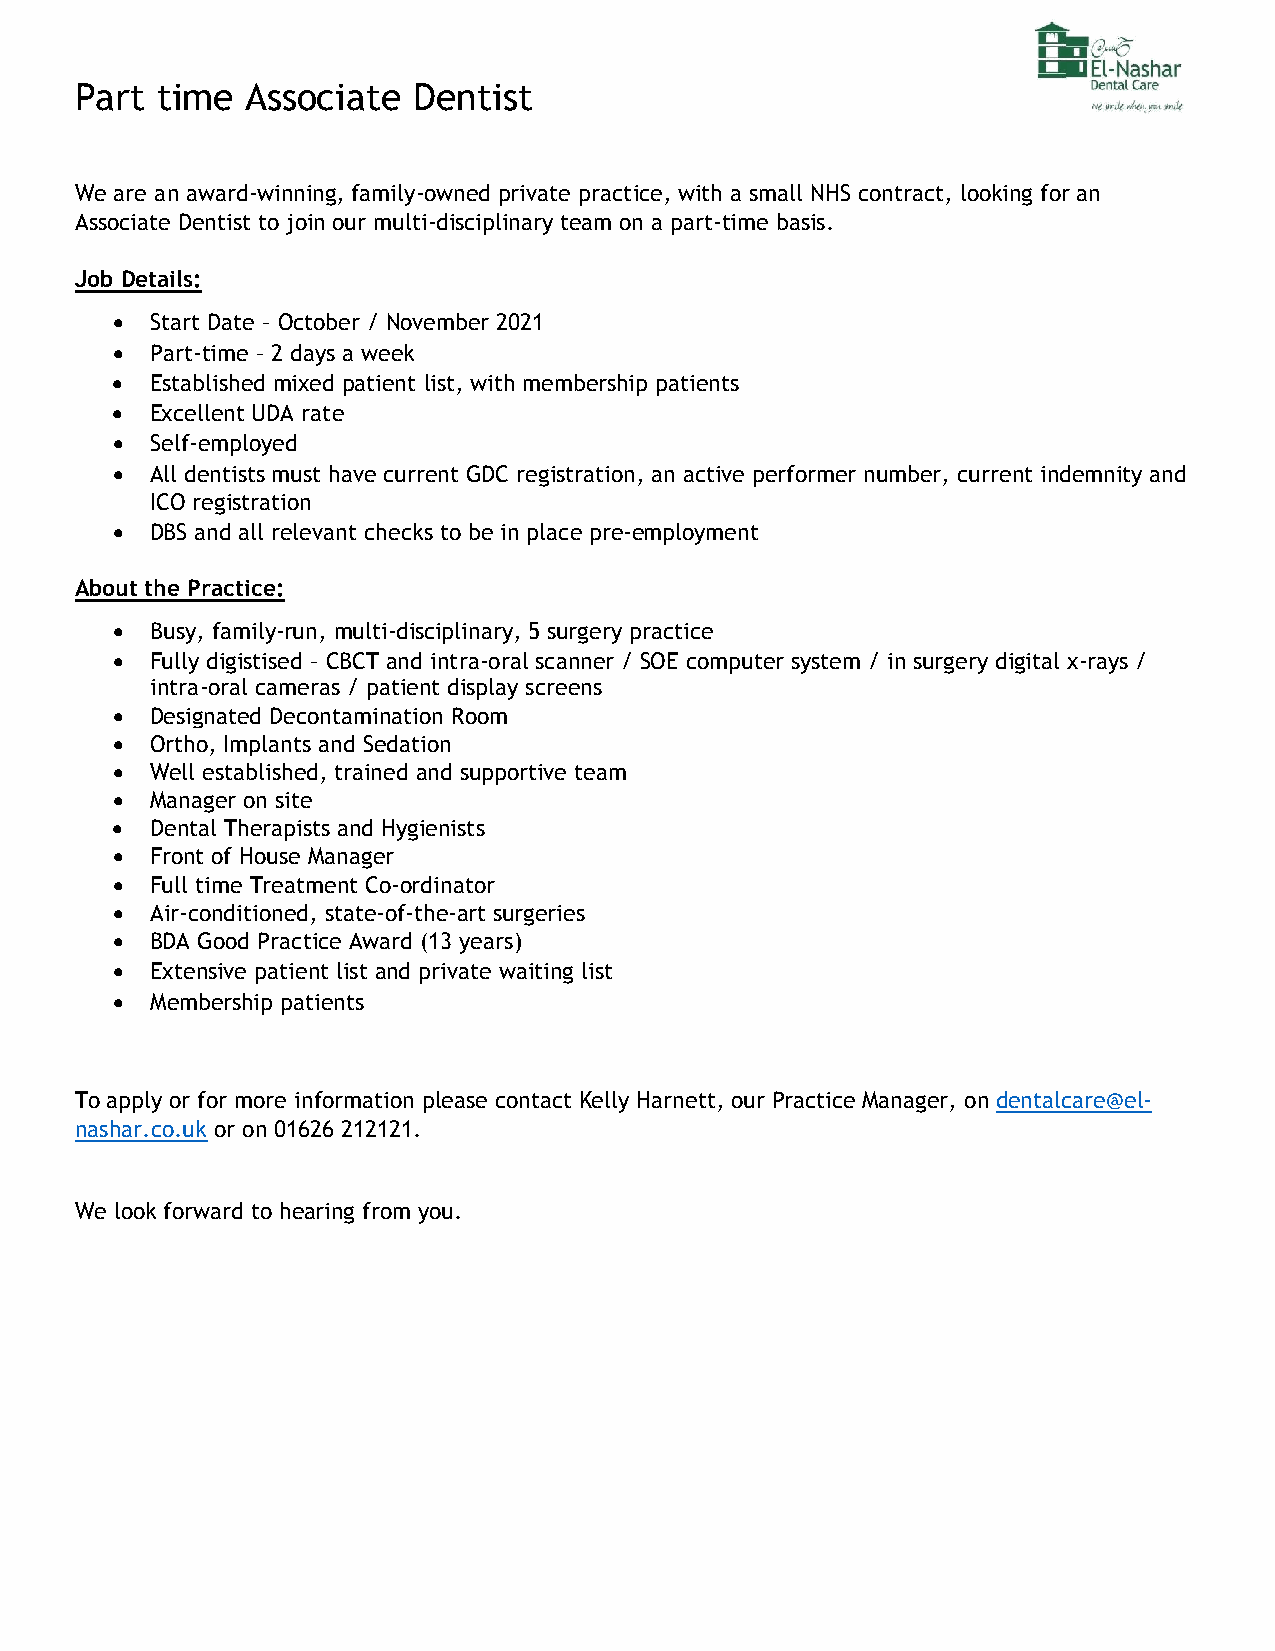
Part time  Associate  Dentist
 We are an award-winning, family-owned private practice, with a small NHS contract, looking for an
 Associate Dentist to join our multi-disciplinary team on a part-time basis.
 Job Details:
 •  Start Date – October / November 2021
 •  Part-time – 2 days a week
 •  Established mixed patient list, with membership patients
 •  Excellent UDA rate
 •  Self-employed
 •  All dentists must have current GDC registration, an active performer number, current indemnity and
 ICO registration
 •  DBS and all relevant checks to be in place pre-employment
 About the Practice:
 •  Busy, family-run, multi-disciplinary, 5 surgery practice
 •  Fully digistised – CBCT and intra-oral scanner / SOE computer system / in surgery digital x-rays /
 intra-oral cameras / patient display screens
 •  Designated Decontamination Room
 •  Ortho, Implants and Sedation
 •  Well established, trained and supportive team
 •  Manager on site
 •  Dental Therapists and Hygienists
 •  Front of House Manager
 •  Full time Treatment Co-ordinator
 •  Air-conditioned, state-of-the-art surgeries
 •  BDA Good Practice Award (13 years)
 •  Extensive patient list and private waiting list
 •  Membership patients
 To apply or for more information please contact Kelly Harnett, our Practice Manager, on dentalcare@el-
 nashar.co.uk or on 01626 212121.
 We look forward to hearing from you.